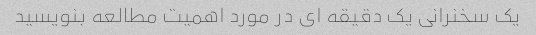
یک سخنرانی یک دقیقه ای در مورد اهمیت مطالعه بنویسید